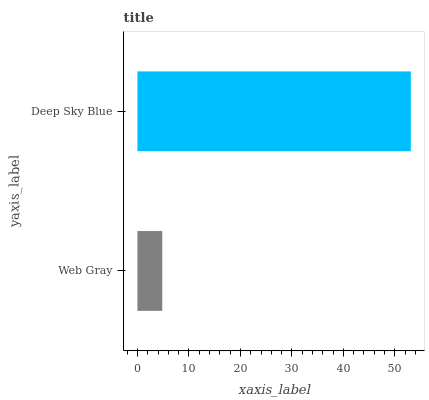
| yaxis_label | bars |
 | --- | --- |
 | Web Gray | 4.82 |
 | Deep Sky Blue | 53.1 |